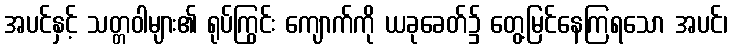
အပင်နှင့် သတ္တဝါများ၏ ရုပ်ကြွင်း ကျောက်ကို ယခုခေတ်၌ တွေ့မြင်နေကြရသော အပင်၊